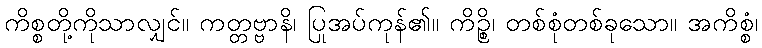
ကိစ္စတို့ကိုသာလျှင်။ ကတ္တဗ္ဗာနိ၊ ပြုအပ်ကုန်၏။ ကိဉ္စိ၊ တစ်စုံတစ်ခုသော။ အကိစ္စံ၊